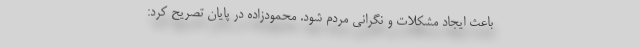
باعث ایجاد مشکلات و نگرانی مردم شود. محمودزاده در پایان تصریح کرد: